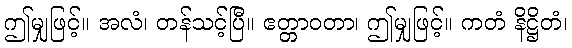
ဤမျှဖြင့်။ အလံ၊ တန်သင့်ပြီ။ ဧတ္တာဝတာ၊ ဤမျှဖြင့်။ ကတံ နိဋ္ဌိတံ၊